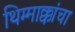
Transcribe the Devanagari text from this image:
थिम्माक्कांचा